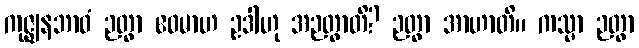
ကုဇ္ဈနဘာဝံ ဉတွာ ဧဝမာဟ ဥဒါဟု အဉတွာတိ? ဉတွာ အာဟာတိ။ ကသ္မာ ဉတွာ